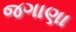
જગાણા